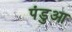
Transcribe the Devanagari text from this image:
पंडुआ